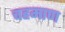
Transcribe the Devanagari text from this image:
चहमाण